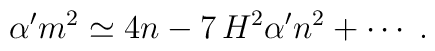
\alpha'm^2\simeq 4n -7\, H^2 \alpha' n^2 +\cdots \; .